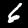
Digit: 6